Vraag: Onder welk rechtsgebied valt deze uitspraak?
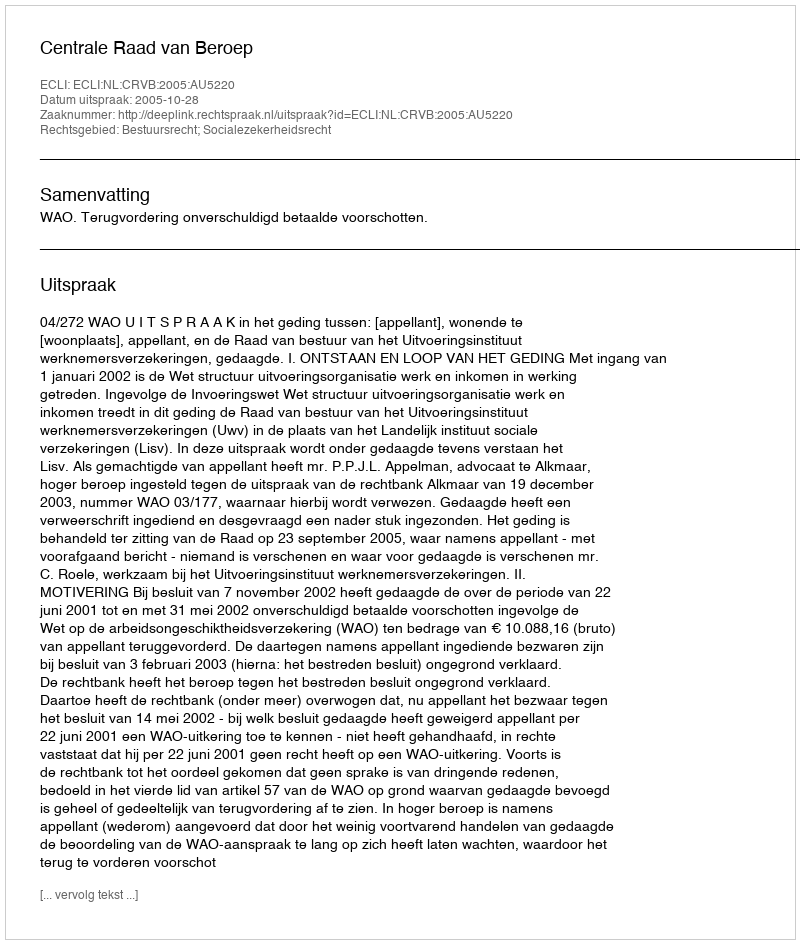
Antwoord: Bestuursrecht; Socialezekerheidsrecht